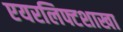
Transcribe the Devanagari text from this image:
एयरलिफ्टशाखा